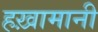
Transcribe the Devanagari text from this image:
हख़ामानी